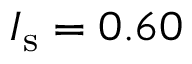
I _ { \mathrm { s } } = 0 . 6 0